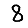
Digit: 8